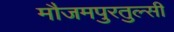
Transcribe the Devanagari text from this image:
मौजमपुरतुल्सी